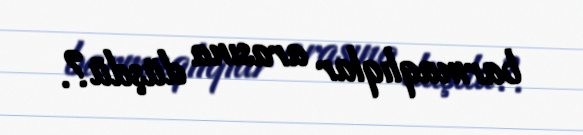
barmaqlıqlar arasına düşdü?.